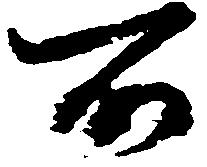
所